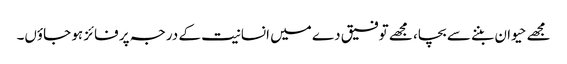
مجھے حیوان بننے سے بچا، مجھے توفیق دے میں انسانیت کے درجہ پر فائز ہو جاؤں۔